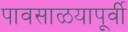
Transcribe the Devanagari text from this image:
पावसाळयापूर्वी